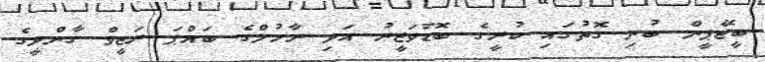
ބީޖޭޕީން ބުނި ގޮތުގައި ކުރީގެ ބޮޑުވަޒީރު އަދި ރާހުލްގެ ބައްޕަ ރަޖީވް ގާންދީގެ